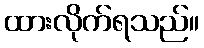
ထားလိုက်ရသည်။